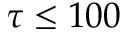
\tau \leq 1 0 0